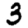
Digit: 3